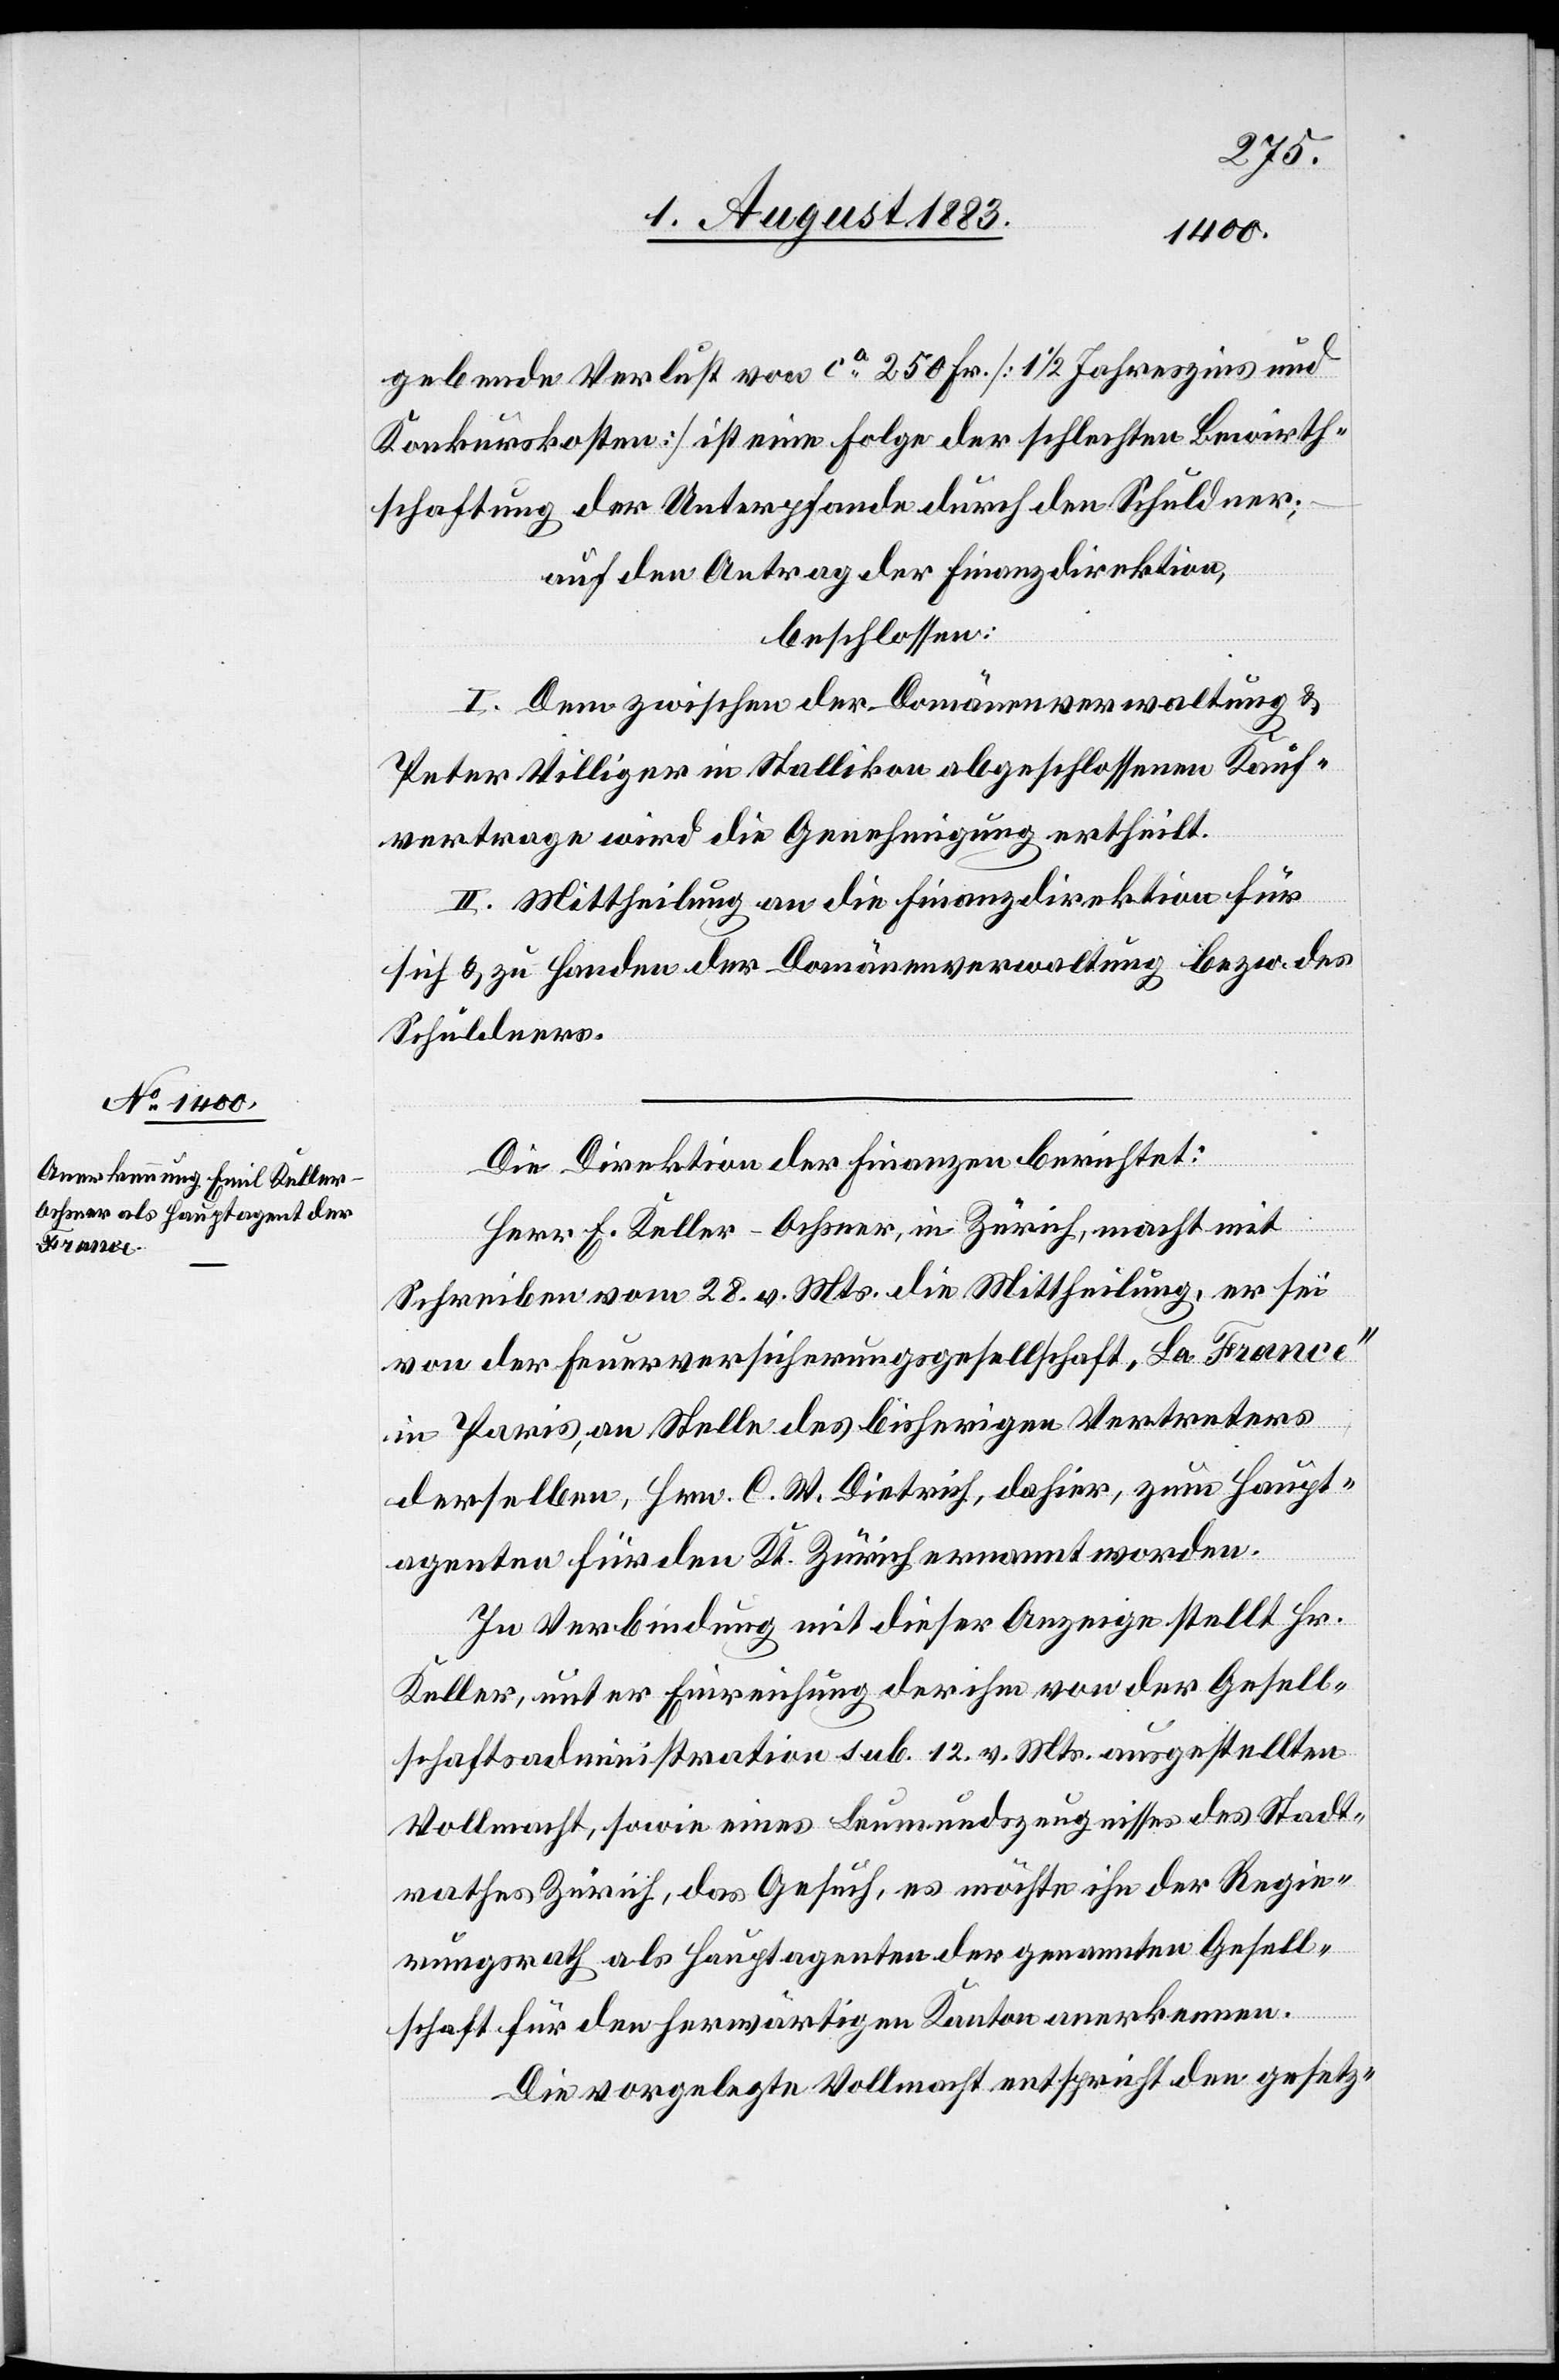
gebende Verlust von ca 250 Fr. [1 1/2 Jahreszins und
Konkurskosten] ist eine Folge der schlechten Bewirth¬
schaftung der Unterpfande durch den Schuldner;
auf den Antrag der Finanzdirektion,
beschlossen:
I. Dem zwischen der Domänenverwaltung &
Peter Villiger in Stallikon abgeschlossenen Kauf¬
vertrage wird die Genehmigung ertheilt.
II. Mittheilung an die Finanzdirektion für
sich & zu Handen der Domänenverwaltung bezw. des
Schuldners.
Die Direktion der Finanzen berichtet:
Herr E. Keller-Ochsner, in Zürich, macht mit
Schreiben vom 28. v. Mts. die Mittheilung, er sei
von der Feuerversicherungsgesellschaft „La France“
in Paris, an Stelle des bisherigen Vertreters
derselben, Hrn. C. W. Dietrich, dahier, zum Haupt¬
agenten für den Kt. Zürich ernannt worden.
In Verbindung mit dieser Anzeige stellt Hr.
Keller, unter Einreichung der ihm von der Gesell¬
schaftsadministration sub. 12. v. Mts. ausgestellten
Vollmacht, sowie eines Leumundszeugnisses des Stadt¬
rathes Zürich, das Gesuch, es möchte ihn der Regie¬
rungsrath als Hauptagenten der genannten Gesell¬
schaft für den herwärtigen Kanton anerkennen.
Die vorgelegte Vollmacht entspricht den gesetz-